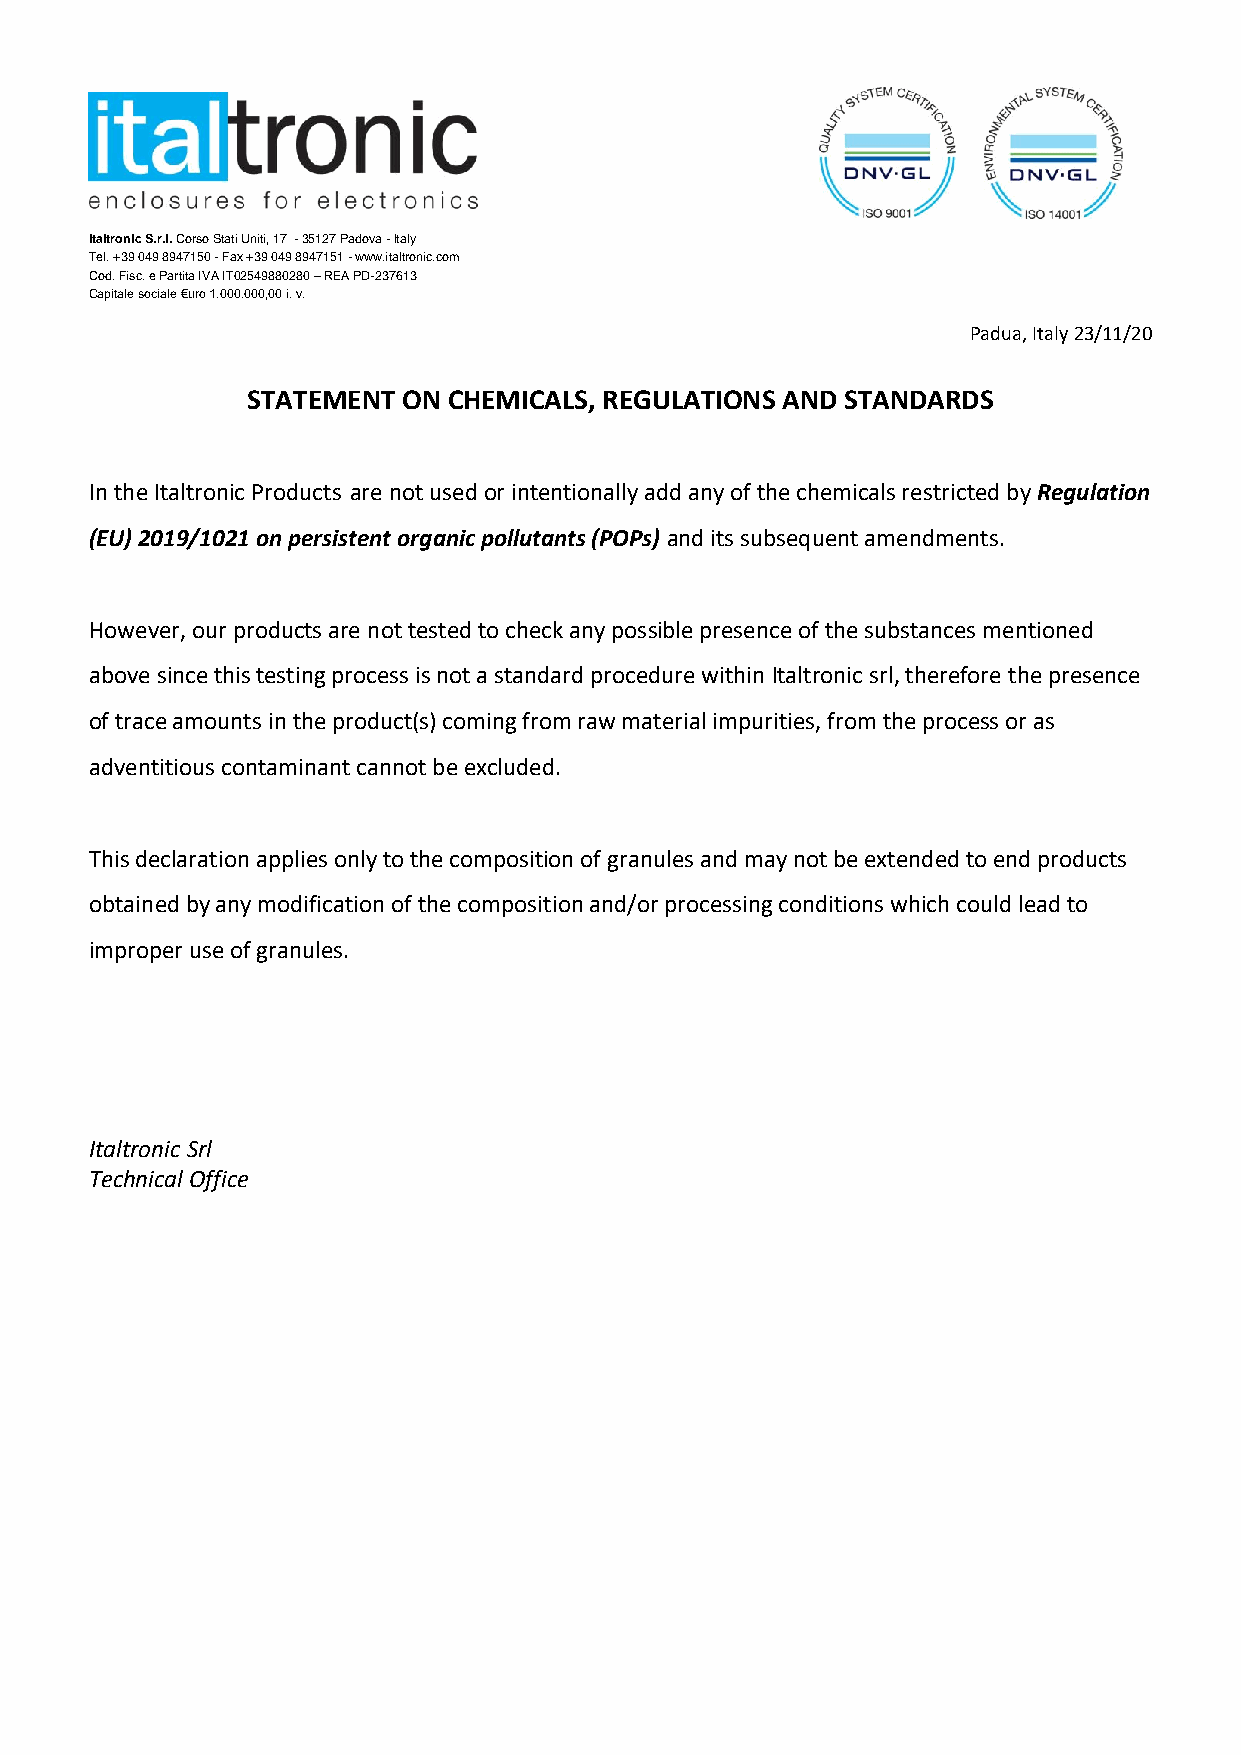
Italtronic S.r.l. Corso Stati Uniti, 17 - 35127 Padova - Italy
 Tel. +39 049 8947150 - Fax +39 049 8947151 - www.italtronic.com
 Cod. Fisc. e Partita IVA IT02549880280 – REA PD-237613
 Capitale sociale €uro 1.000.000,00 i. v.
 Padua, Italy 23/11/20
 STATEMENT  ON CHEMICALS, REGULATIONS AND STANDARDS
 In the Italtronic Products are not used or intentionally add any of the chemicals restricted by Regulation
 (EU) 2019/1021 on persistent organic pollutants (POPs) and its subsequent amendments.
 However, our products are not tested to check any possible presence of the substances mentioned
 above since this testing process is not a standard procedure within Italtronic srl, therefore the presence
 of trace amounts in the product(s) coming from raw material impurities, from the process or as
 adventitious contaminant cannot be excluded.
 This declaration applies only to the composition of granules and may not be extended to end products
 obtained by any modification of the composition and/or processing conditions which could lead to
 improper use of granules.
 Italtronic Srl
 Technical Office